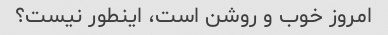
امروز خوب و روشن است، اینطور نیست؟